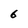
Character: 6